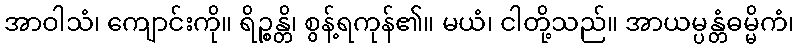
အာဝါသံ၊ ကျောင်းကို။ ရိဉ္စန္တိ၊ စွန့်ရကုန်၏။ မယံ၊ ငါတို့သည်။ အာယမ္ပန္တံဓမ္မိကံ၊